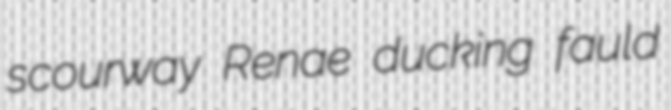
scourway Renae ducking fauld